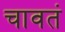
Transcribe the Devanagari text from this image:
चावतं